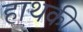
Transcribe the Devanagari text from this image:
हाथकी